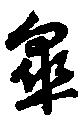
皐